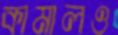
কামালও